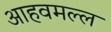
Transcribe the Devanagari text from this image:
आहवमल्ल